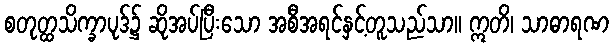
စတုတ္ထသိက္ခာပုဒ်၌ ဆိုအပ်ပြီးသော အစီအရင်နှင့်တူသည်သာ။ ဣတိ၊ သာဓာရဏ